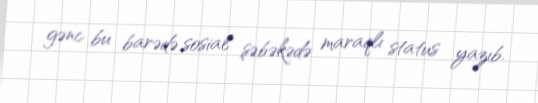
gənc bu barədə sosial şəbəkədə maraqlı status yazıb.